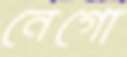
নেগো